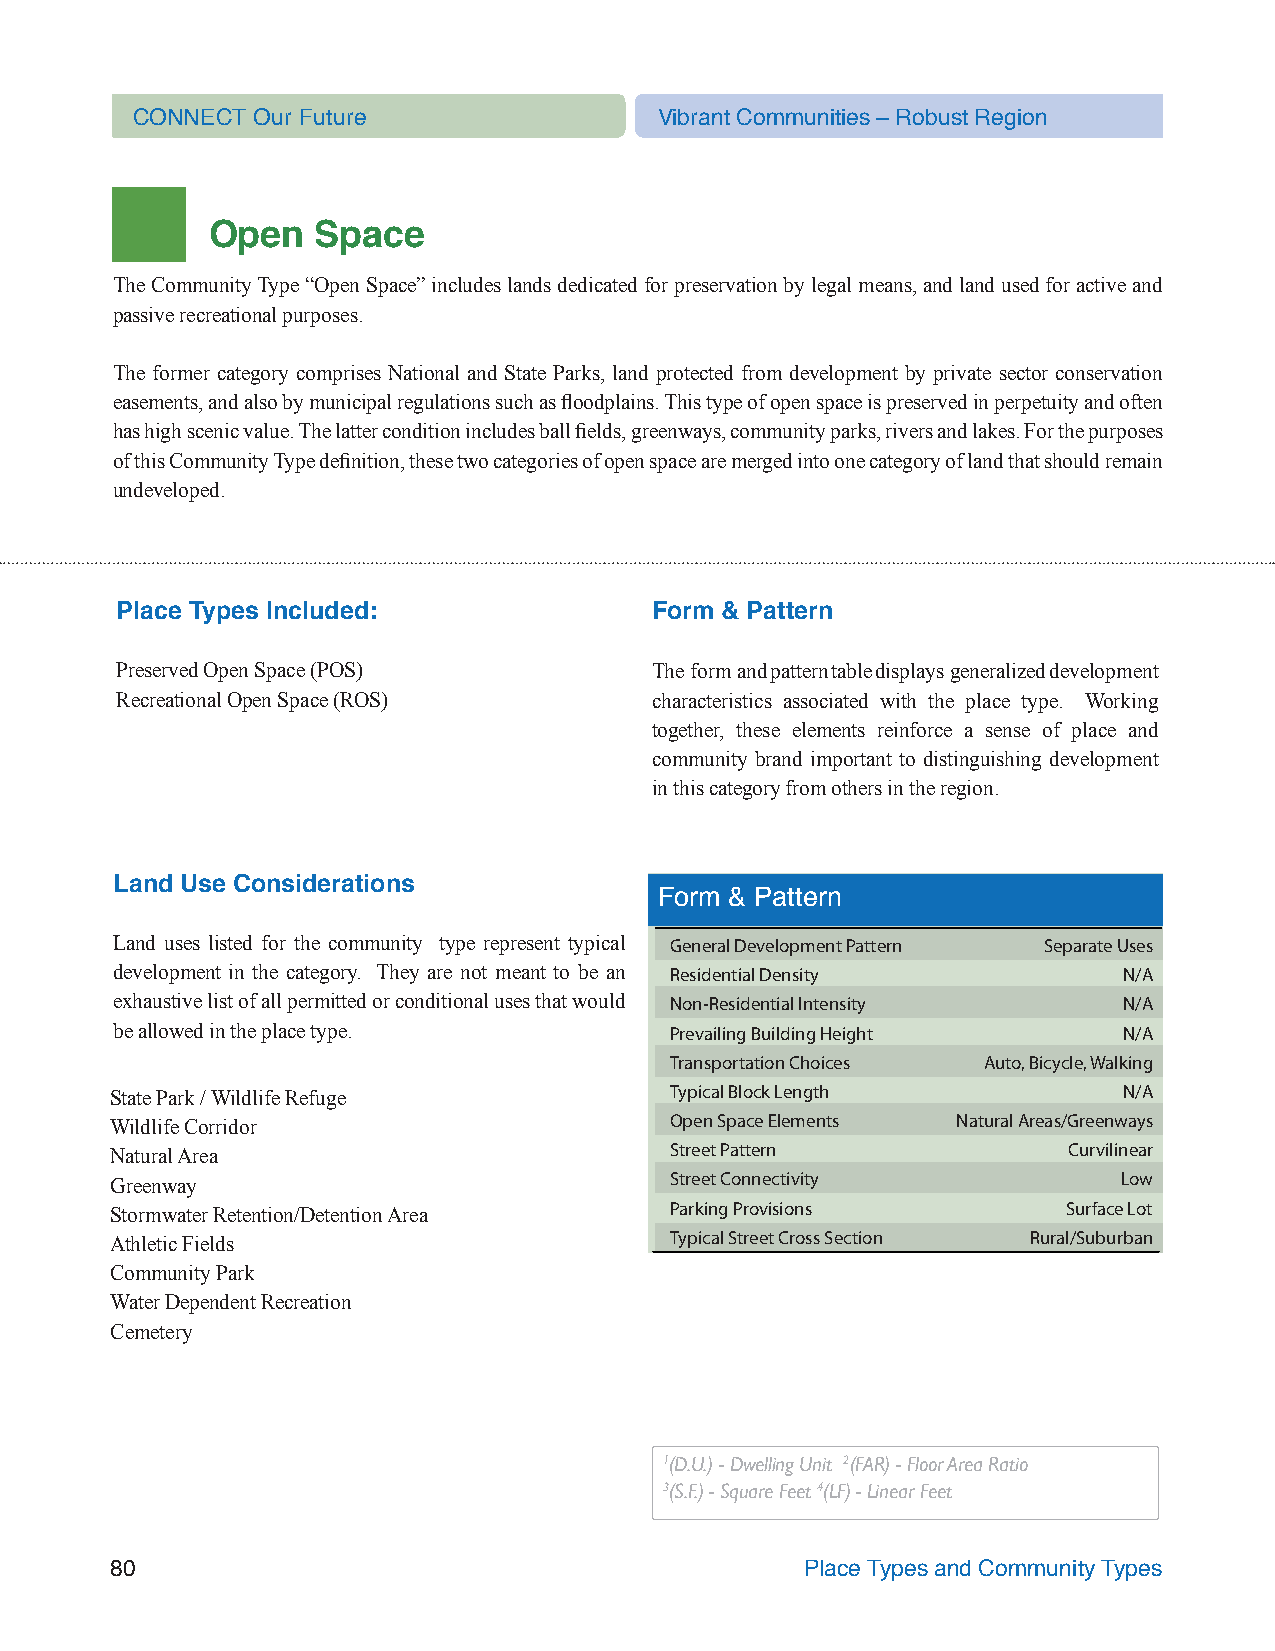
CONNECT Our Future                 Vibrant Communities – Robust Region
 Open   Space
 The Community Type “Open Space” includes lands dedicated for preservation by legal means, and land used for active and
 passive recreational purposes.
 The former category comprises National and State Parks, land protected from development by private sector conservation
 easements, and also by municipal regulations such as floodplains. This type of open space is preserved in perpetuity and often
 has high scenic value. The latter condition includes ball fields, greenways, community parks, rivers and lakes. For the purposes
 of this Community Type definition, these two categories of open space are merged into one category of land that should remain
 undeveloped.
 Place Types Included:              Form & Pattern
 Preserved Open Space (POS)         The form and pattern table displays generalized development
 Recreational Open Space (ROS)      characteristics associated with the place type. Working
 together, these elements reinforce a sense of place and
 community brand important to distinguishing development
 in this category from others in the region.
 Land Use Considerations
 Form & Pattern
 Land uses listed for the community type represent typical General Development Pattern Separate Uses
 development in the category. They are not meant to be an Residential Density N/A
 exhaustive list of all permitted or conditional uses that would Non-Residential Intensity N/A
 be allowed in the place type.       Prevailing Building Height    N/A
 Transportation Choices Auto, Bicycle, Walking
 State Park / Wildlife Refuge         Typical Block Length          N/A
 Wildlife Corridor                    Open Space Elements Natural Areas/Greenways
 Natural Area                         Street Pattern             Curvilinear
 Greenway                             Street Connectivity           Low
 Stormwater Retention/Detention Area  Parking Provisions         Surface Lot
 Athletic Fields                      Typical Street Cross Section Rural/Suburban
 Community Park
 Water Dependent Recreation
 Cemetery
 1(D.U.) - Dwelling Unit 2(FAR) - Floor Area Ratio
 3(S.F.) - Square Feet 4(LF) - Linear Feet
 80                                            Place Types and Community Types